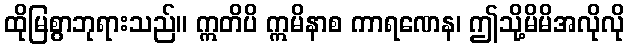
ထိုမြစွာဘုရားသည်။ ဣတိပိ ဣမိနာစ ကာရဏေန၊ ဤသို့မိမိအလိုလို